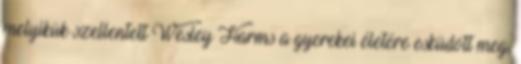
melyikük szellentett Wesley Harms a gyerekei életére esküdött meg,